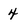
Character: 4